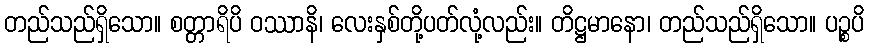
တည်သည်ရှိသော။ စတ္တာရိပိ ဝဿာနိ၊ လေးနှစ်တို့ပတ်လုံ့လည်း။ တိဋ္ဌမာနော၊ တည်သည်ရှိသော။ ပဉ္စပိ